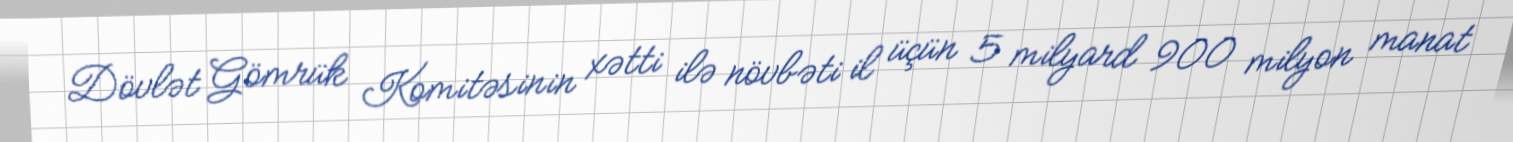
Dövlət Gömrük Komitəsinin xətti ilə növbəti il üçün 5 milyard 900 milyon manat